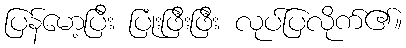
ပြန်မော့ပြီး ပြုံးဖြီးဖြီး လုပ်ပြလိုက်၏။